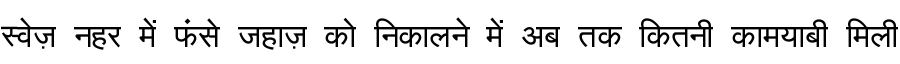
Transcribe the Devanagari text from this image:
स्वेज़ नहर में फंसे जहाज़ को निकालने में अब तक कितनी कामयाबी मिली